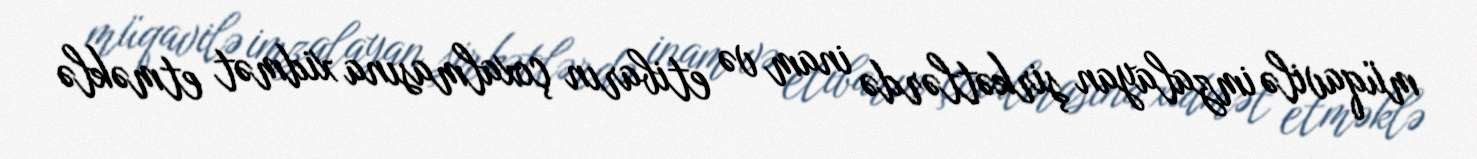
müqavilə imzalayan şirkətlərdə inam və etibarın çoxalmasına xidmət etməklə